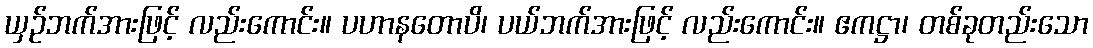
ယှဉ်ဘက်အားဖြင့် လည်းကောင်း။ ပဟာနတောပိ၊ ပယ်ဘက်အားဖြင့် လည်းကောင်း။ ဧကဋ္ဌာ၊ တစ်ခုတည်းသော